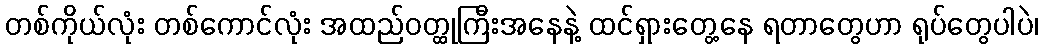
တစ်ကိုယ်လုံး တစ်ကောင်လုံး အထည်ဝတ္ထုကြီးအနေနဲ့ ထင်ရှားတွေ့နေ ရတာတွေဟာ ရုပ်တွေပါပဲ၊